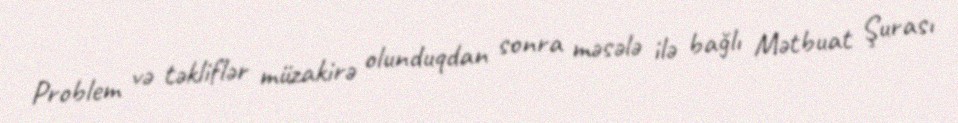
Problem və təkliflər müzakirə olunduqdan sonra məsələ ilə bağlı Mətbuat Şurası